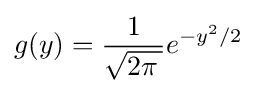
g(y)={\frac {1}{\sqrt {2\pi \,}}}e^{-y^{2}/2}